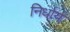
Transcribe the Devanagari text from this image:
निर्धार्य